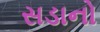
સડાનો